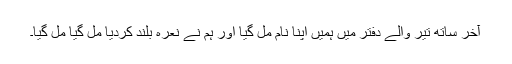
آخر ساتھ تیر والے دفتر میں ہمیں اپنا نام مل گیا اور ہم نے نعرہ بلند کردیا مل گیا مل گیا۔